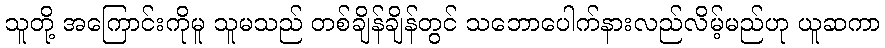
သူတို့ အကြောင်းကိုမူ သူမသည် တစ်ချိန်ချိန်တွင် သဘောပေါက်နားလည်လိမ့်မည်ဟု ယူဆကာ